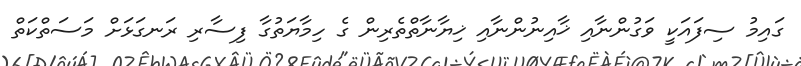
ގައިމު ސިފައަކީ ވަގުންނާއި ޚާއިނުންނާއި ޚިޔާނާތްތެރިން ގެ ހިމާޔަތުގާ ފިސާރި ރަނގަޅަށް މަސަތްކަތް